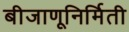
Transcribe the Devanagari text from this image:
बीजाणूनिर्मिती